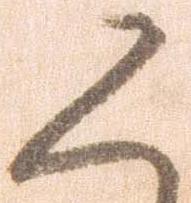
く